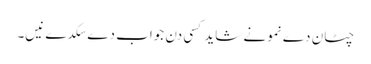
چٹان دے نمونے شاید کسی دن جواب دے سکدے نیں۔